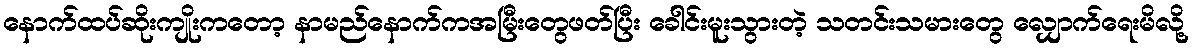
နောက်ထပ်ဆိုးကျိုးကတော့ နာမည်နောက်ကအမြီးတွေဖတ်ပြီး ခေါင်းမူးသွားတဲ့ သတင်းသမားတွေ လျှောက်ရေးမိလို့